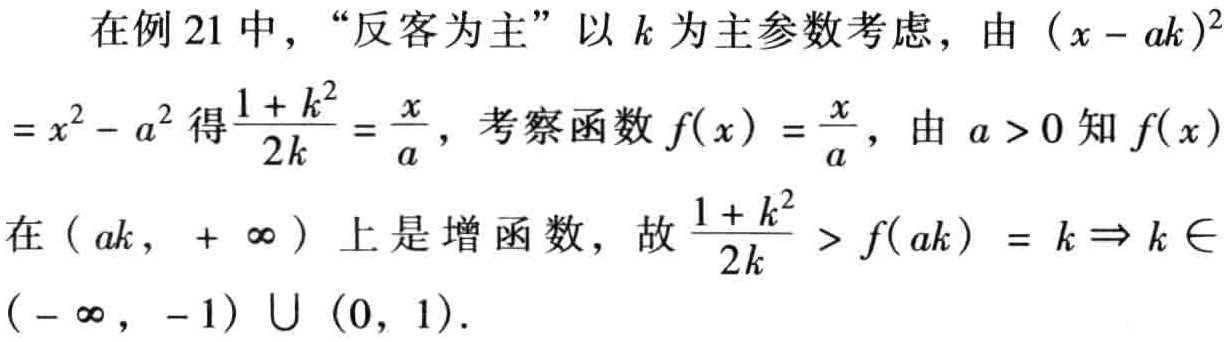
在例 21 中，“反客为主”以 \(k\) 为主参数考虑，由 \((x - ak)^2=x^{2}-a^{2}\) 得\(\frac{1 + k^{2}}{2k}=\frac{x}{a}\)，考察函数 \(f(x)=\frac{x}{a}\)，由 \(a > 0\) 知 \(f(x)\)在 \((ak,+\infty)\) 上是增函数，故 \(\frac{1 + k^{2}}{2k}>f(ak)=k\Rightarrow k\in(-\infty,-1)\cup(0,1)\)。